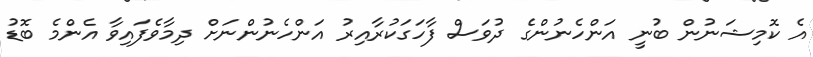
އެ ކޮމިޝަނުން ބުނީ އަންހެނުންގެ ދުވަސް ފާހަގަކުރާއިރު އަންހެނުންނަށް ދިމާވެފައިވާ އެންމެ ބޮޑު